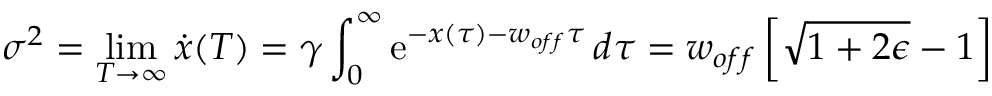
\sigma ^ { 2 } = \operatorname* { l i m } _ { T \rightarrow \infty } \dot { x } ( T ) = \gamma \int _ { 0 } ^ { \infty } \mathrm { e } ^ { - x ( \tau ) - w _ { o f f } \tau } \, d \tau = w _ { o f f } \left[ \sqrt { 1 + 2 \epsilon } - 1 \right]